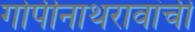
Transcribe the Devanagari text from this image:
गोपीनाथरावांची